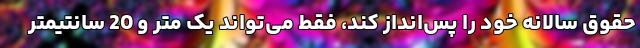
حقوق سالانه خود را پس‌انداز کند، فقط می‌تواند یک متر و 20 سانتیمتر